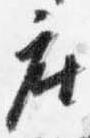
座